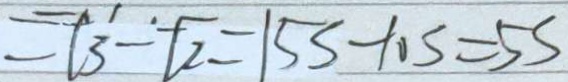
= l _ { 3 } - l _ { 2 } = 1 5 s - 1 0 s = 5 s